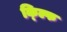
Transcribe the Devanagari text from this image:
क्ल्फि